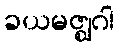
ခယမဇ္ဈဂါ